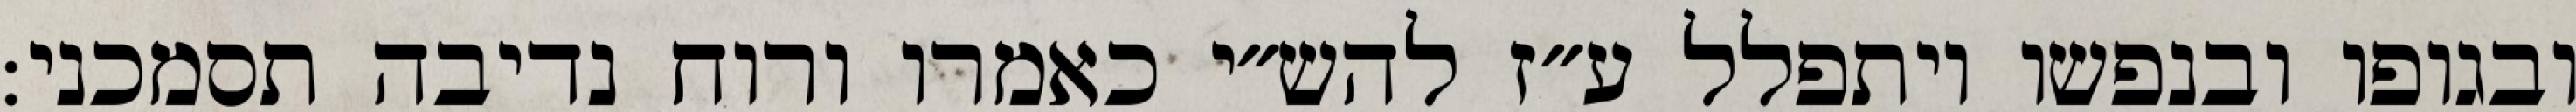
ובגופו ובנפשו ויתפלל ע״ז להש״י כאמרו ורוח נדיבה תסמכני: